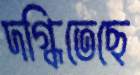
দগ্ধিতেছে